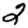
Digit: 2